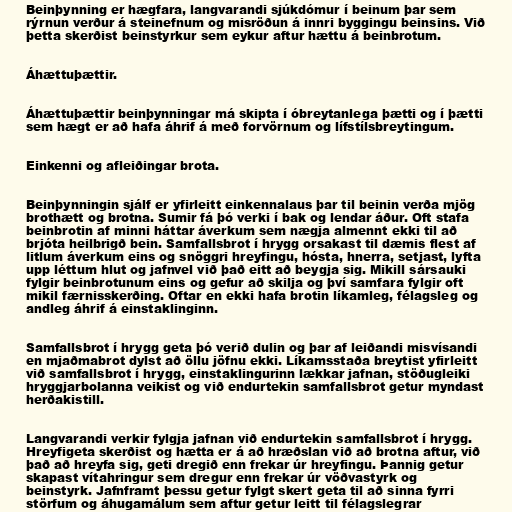
Beinþynning er hægfara, langvarandi sjúkdómur í beinum þar sem
rýrnun verður á steinefnum og misröðun á innri byggingu beinsins. Við
þetta skerðist beinstyrkur sem eykur aftur hættu á beinbrotum.

Áhættuþættir.

Áhættuþættir beinþynningar má skipta í óbreytanlega þætti og í þætti
sem hægt er að hafa áhrif á með forvörnum og lífstílsbreytingum.

Einkenni og afleiðingar brota.

Beinþynningin sjálf er yfirleitt einkennalaus þar til beinin verða mjög
brothætt og brotna. Sumir fá þó verki í bak og lendar áður. Oft stafa
beinbrotin af minni háttar áverkum sem nægja almennt ekki til að
brjóta heilbrigð bein. Samfallsbrot í hrygg orsakast til dæmis flest af
litlum áverkum eins og snöggri hreyfingu, hósta, hnerra, setjast, lyfta
upp léttum hlut og jafnvel við það eitt að beygja sig. Mikill sársauki
fylgir beinbrotunum eins og gefur að skilja og því samfara fylgir oft
mikil færnisskerðing. Oftar en ekki hafa brotin líkamleg, félagsleg og
andleg áhrif á einstaklinginn.

Samfallsbrot í hrygg geta þó verið dulin og þar af leiðandi misvísandi
en mjaðmabrot dylst að öllu jöfnu ekki. Líkamsstaða breytist yfirleitt
við samfallsbrot í hrygg, einstaklingurinn lækkar jafnan, stöðugleiki
hryggjarbolanna veikist og við endurtekin samfallsbrot getur myndast
herðakistill.

Langvarandi verkir fylgja jafnan við endurtekin samfallsbrot í hrygg.
Hreyfigeta skerðist og hætta er á að hræðslan við að brotna aftur, við
það að hreyfa sig, geti dregið enn frekar úr hreyfingu. Þannig getur
skapast vítahringur sem dregur enn frekar úr vöðvastyrk og
beinstyrk. Jafnframt þessu getur fylgt skert geta til að sinna fyrri
störfum og áhugamálum sem aftur getur leitt til félagslegrar